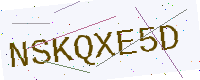
Text: NSKQXE5D